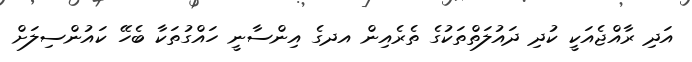
އަދި ރާއްޖެއަކީ ކުދި ދައުލަތްތަކުގެ ތެރެއިން އދގެ އިންސާނީ ހައްގުތަކާ ބެހޭ ކައުންސިލަށް